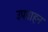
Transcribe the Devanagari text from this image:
उपवाहन